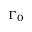
\Gamma _ { 0 }